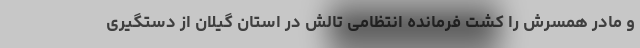
و مادر همسرش را کشت فرمانده انتظامی تالش در استان گیلان از دستگیری